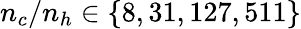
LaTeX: n_{c}/n_{h}\in\{ 8,31,127,511\}